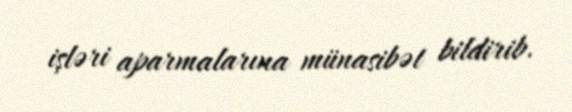
işləri aparmalarına münasibət bildirib.